Note on the mental hospitals in Burma - 1925-1940
Year: 1925
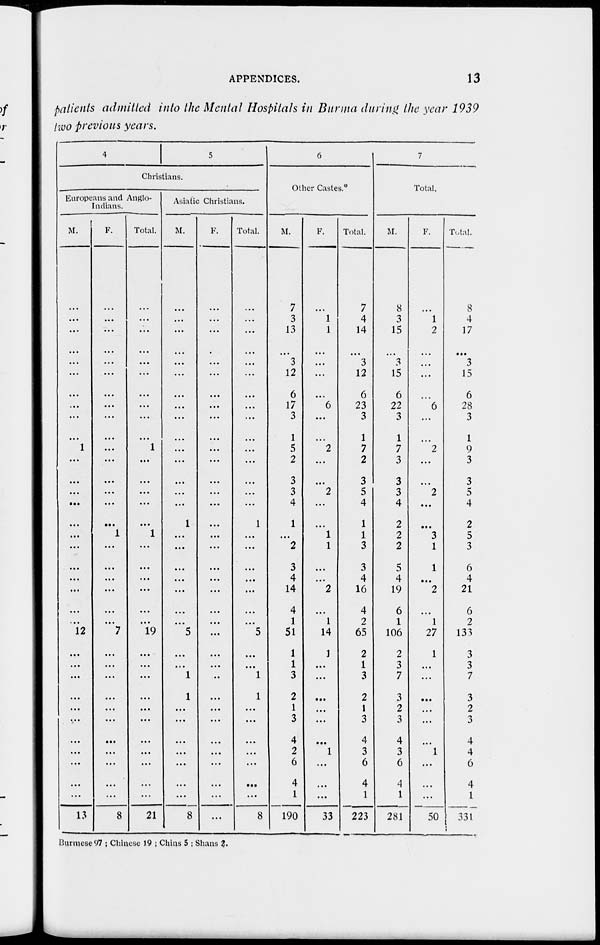
APPENDICES.
13
patients admitted into the Mental Hospitals in Burma during the year 1939
two previous years.
4
5
Christians.
Europeans and Anglo-
Indians.
M.
...
...
...
...
...
...
...
...
...
...
1
...
...
...
...
...
...
...
...
...
...
...
...
12
...
.. .
...
...
...
...
...
...
...
...
...
13
F.
...
...
...
...
...
...
...
....
...
...
...
...
...
...
...
...
1
...
...
...
...
...
...
7
...
...
...
...
...
...
...
...
...
...
...
8
Total.
...
...
...
...
...
...
...
...
...
1
...
...
...
...
...
1
...
...
...
...
...
...
19
...
...
...
...
...
...
...
...
...
...
...
21
Asiatic Christians.
M.
...
...
...
...
...
...
...
...
...
...
...
...
...
...
...
1
...
...
...
...
...
...
...
5
...
...
1
1
...
...
...
...
.. .
...
...
8
F.
...
...
...
...
...
...
...
...
...
...
...
...
...
...
...
...
...
...
...
...
...
...
...
...
...
.. .
...
...
...
...
...
...
...
...
...
...
Total.
...
...
...
...
...
...
...
...
...
...
...
...
...
...
...
1
...
...
...
...
...
...
...
5
...
...
1
1
...
...
...
...
...
...
...
8
6
Other Castes.*
M.
7
3
13
...
3
12
6
17
3
1
5
2
3
3
4
1
...
2
3
4
14
4
1
51
1
1
3
2
1
3
4
2
6
4
1
190
F.
...
1
1
...
...
...
...
6
...
...
2
...
...
2
...
...
1
1
...
...
2
...
1
14
1
...
...
...
...
...
...
1
...
...
...
33
Total.
7
4
14
...
3
12
6
23
3
1
7
2
3
5
4
1
1
3
3
4
16
4
2
65
2
1
3
2
1
3
4
3
6
4
1
223
7
Total.
M.
8
3
15
...
3
15
6
22
3
1
7
3
3
3
4
2
2
2
5
4
19
6
1
106
2
3
7
3
2
3
4
3
6
4
1
281
F.
...
1
2
...
...
...
...
6
...
...
2
...
...
2
...
...
3
1
1
...
2
...
1
27
1
...
...
...
...
...
...
1
...
...
...
50
Total.
8
4
17
...
3
15
6
28
3
1
9
3
3
5
4
2
5
3
6
4
21
6
2
133
3
3
7
3
2
3
4
4
6
4
1
331
Burmese 97 ; Chinese 19 ; Chins 5 ; Shans 2.